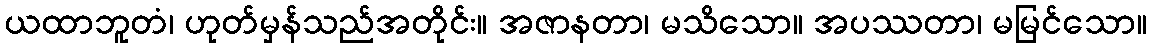
ယထာဘူတံ၊ ဟုတ်မှန်သည်အတိုင်း။ အဇာနတာ၊ မသိသော။ အပဿတာ၊ မမြင်သော။